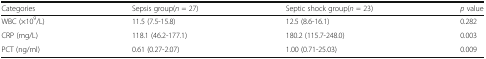
<table><thead><tr><td><b>Categories</b></td><td><b>Sepsis group(<i>n</i> = 27)</b></td><td><b>Septic shock group(<i>n</i> = 23)</b></td><td><b><i>p</i> value</b></td></tr></thead><tbody><tr><td>WBC (×10<sup>9</sup>/L)</td><td>11.5 (7.5-15.8)</td><td>12.5 (8.6-16.1)</td><td>0.282</td></tr><tr><td>CRP (mg/L)</td><td>118.1 (46.2-177.1)</td><td>180.2 (115.7-248.0)</td><td>0.003</td></tr><tr><td>PCT (ng/ml)</td><td>0.61 (0.27-2.07)</td><td>1.00 (0.71-25.03)</td><td>0.009</td></tr></tbody></table>